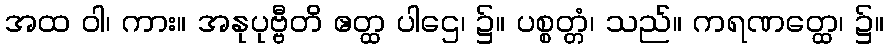
အထ ဝါ၊ ကား။ အနုပုဗ္ဗီတိ ဧတ္ထ ပါဌေ၊ ၌။ ပစ္စတ္တံ၊ သည်။ ကရဏတ္ထေ၊ ၌။